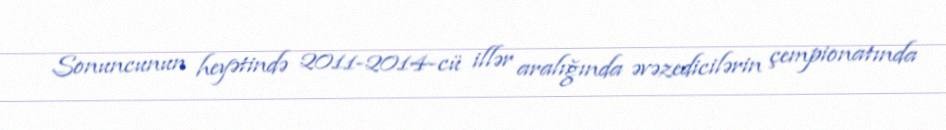
Sonuncunun heyətində 2011-2014-cü illər aralığında əvəzedicilərin çempionatında